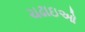
ચઢાઇઓ